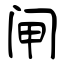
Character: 闸